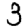
Digit: 3